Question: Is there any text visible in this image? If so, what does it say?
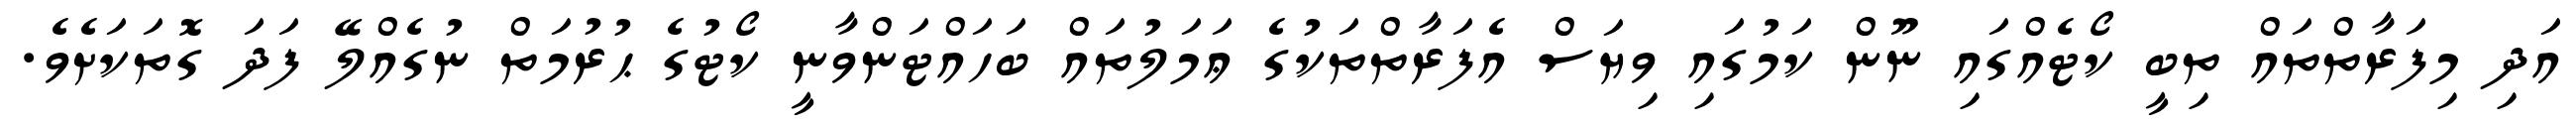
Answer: އަދި މިފަރާތްތައް ތިބީ ކޯޓެއްގައި ނޫން ކަމުގައި ވިޔަސް އެފަރާތްތަކުގެ ޢަމަލުތައް ބަހައްޓަންވާނީ ކޯޓުގެ ޙުރުމަތް ނުގެއްލޭ ފަދަ ގޮތަކަށެވެ.